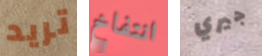
تريد انتفاخ جيري